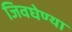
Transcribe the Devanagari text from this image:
जिवघेण्या